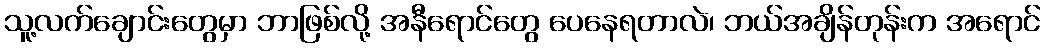
သူ့လက်ချောင်းတွေမှာ ဘာဖြစ်လို့ အနီရောင်တွေ ပေနေရတာလဲ၊ ဘယ်အချိန်တုန်းက အရောင်